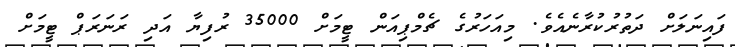
ފައިނަލަށް ދަތުރުކުރާނެއެވެ. މިއަހަރުގެ ޗެމްޕިއަން ޓީމަށް 35000 ރުފިޔާ އަދި ރަނަރަޕް ޓީމަށް